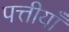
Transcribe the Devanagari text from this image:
पत्तीयाँ